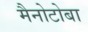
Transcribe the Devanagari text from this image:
मैनोटोबा